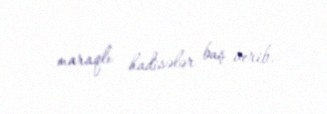
maraqlı hadisələr baş verib.